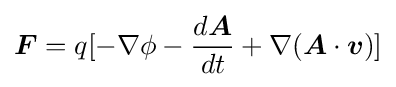
{\boldsymbol {F}}=q[-\nabla \phi -{\frac {d{\boldsymbol {A}}}{dt}}+\nabla ({\boldsymbol {A}}\cdot {\boldsymbol {v}})]